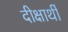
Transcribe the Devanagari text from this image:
दीक्षार्थी